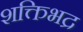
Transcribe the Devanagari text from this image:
शक्तिभद्र